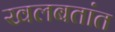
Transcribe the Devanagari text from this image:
खलबतांत